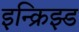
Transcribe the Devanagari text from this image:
इन्क्रिझ्ड